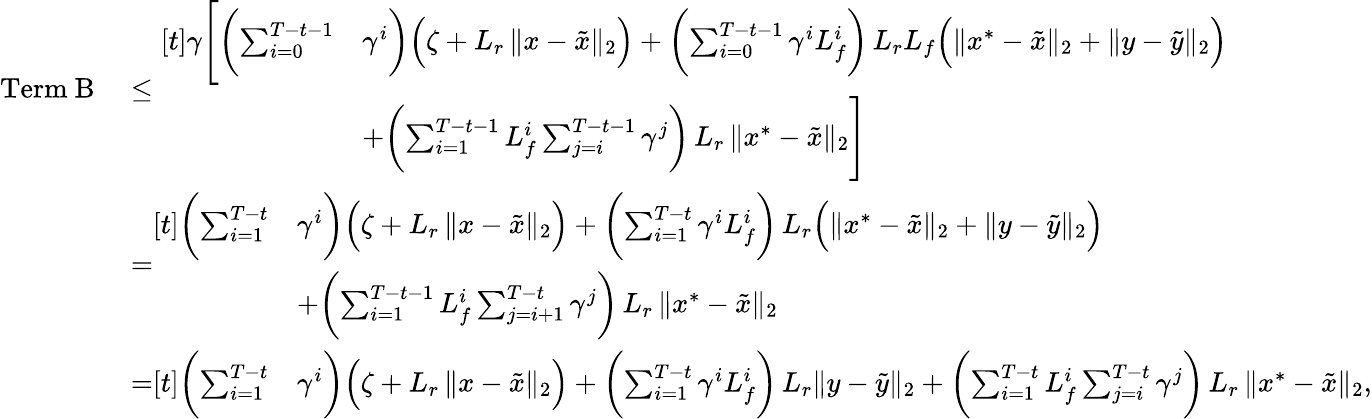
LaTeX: \begin{array}{rl}{\mathrm{Term~B}\; }&{\le\; \begin{array}{rl}{[t]\gamma\Biggl[\biggl(\sum_{i=0}^{T-t-1}}&{\gamma^{i}\biggr)\Bigl(\zeta+L_{r}\, \| x-\tilde{x}\| _{2}\Bigr)+\biggl(\sum_{i=0}^{T-t-1}\gamma^{i}L_{f}^{i}\biggr)\, L_{r}L_{f}\Bigl(\| x^{*}-\tilde{x}\| _{2}+\| y-\tilde{y}\| _{2}\Bigr)}\\ &{+\biggl(\sum_{i=1}^{T-t-1}L_{f}^{i}\sum_{j=i}^{T-t-1}\gamma^{j}\biggr)\, L_{r}\, \| x^{*}-\tilde{x}\| _{2}\Biggr]}\end{array}}\\ &{=\begin{array}{rl}{[t]\biggl(\sum_{i=1}^{T-t}}&{\gamma^{i}\biggr)\Bigl(\zeta+L_{r}\, \| x-\tilde{x}\| _{2}\Bigr)+\biggl(\sum_{i=1}^{T-t}\gamma^{i}L_{f}^{i}\biggr)\, L_{r}\Bigl(\| x^{*}-\tilde{x}\| _{2}+\| y-\tilde{y}\| _{2}\Bigr)}\\ &{+\biggl(\sum_{i=1}^{T-t-1}L_{f}^{i}\sum_{j=i+1}^{T-t}\gamma^{j}\biggr)\, L_{r}\, \| x^{*}-\tilde{x}\| _{2}}\end{array}}\\ &{=\begin{array}{rl}{[t]\biggl(\sum_{i=1}^{T-t}}&{\gamma^{i}\biggr)\Bigl(\zeta+L_{r}\, \| x-\tilde{x}\| _{2}\Bigr)+\biggl(\sum_{i=1}^{T-t}\gamma^{i}L_{f}^{i}\biggr)\, L_{r}\| y-\tilde{y}\| _{2}+\biggl(\sum_{i=1}^{T-t}L_{f}^{i}\sum_{j=i}^{T-t}\gamma^{j}\biggr)\, L_{r}\, \| x^{*}-\tilde{x}\| _{2},}\end{array}}\end{array}